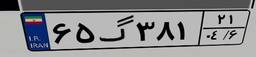
۶۵گ۳۸۱۲۱